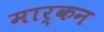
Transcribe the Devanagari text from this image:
मार्कन